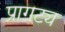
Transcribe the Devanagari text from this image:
प्रागट्य